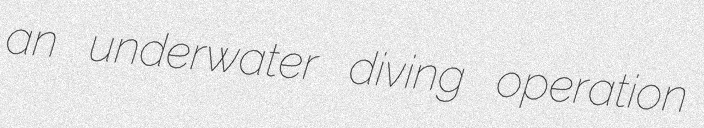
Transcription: an underwater diving operation